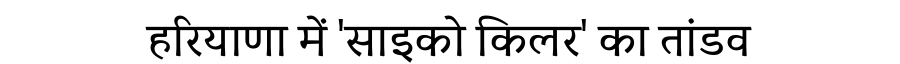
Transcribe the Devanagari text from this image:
हरियाणा में 'साइको किलर' का तांडव